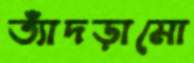
ত্যাঁদড়ামো